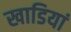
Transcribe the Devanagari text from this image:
खाडियां